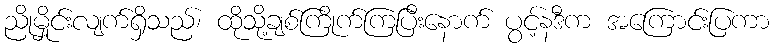
ညိုမှိုင်းလျက်ရှိသည်၊ ထိုသို့ချစ်ကြိုက်ကြပြီးနောက် ပွင့်နဒီက အကြောင်းပြကာ